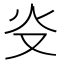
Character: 𤆌